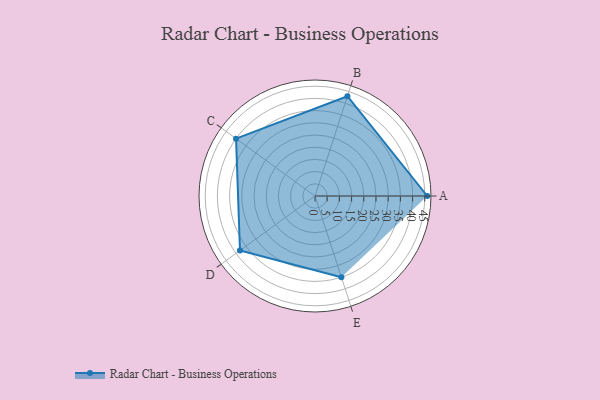
{"axis": {"x": "Skill", "y": "Score"}, "legend": ["Profile"], "data": [{"x": "A", "y": 46.0, "type": "Profile"}, {"x": "B", "y": 43.0, "type": "Profile"}, {"x": "C", "y": 40.0, "type": "Profile"}, {"x": "D", "y": 38.0, "type": "Profile"}, {"x": "E", "y": 35.0, "type": "Profile"}]}